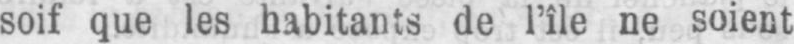
soif que les habitants de l’île ne soient